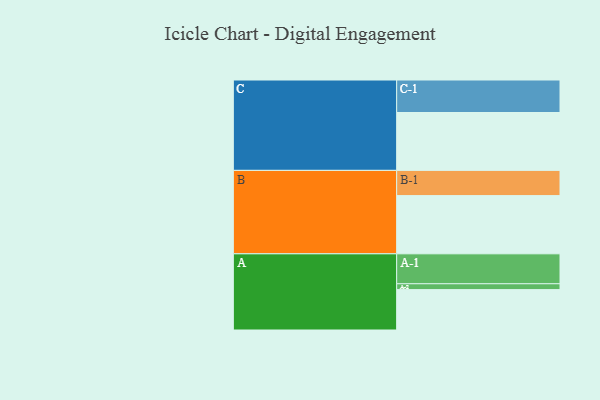
{"axis": {"x": "Segment", "y": "Value"}, "legend": ["", "A", "B", "C"], "data": [{"x": "A", "y": 344, "type": ""}, {"x": "B", "y": 496, "type": ""}, {"x": "C", "y": 493, "type": ""}, {"x": "A-1", "y": 255, "type": "A"}, {"x": "A-2", "y": 50, "type": "A"}, {"x": "B-1", "y": 215, "type": "B"}, {"x": "C-1", "y": 277, "type": "C"}]}